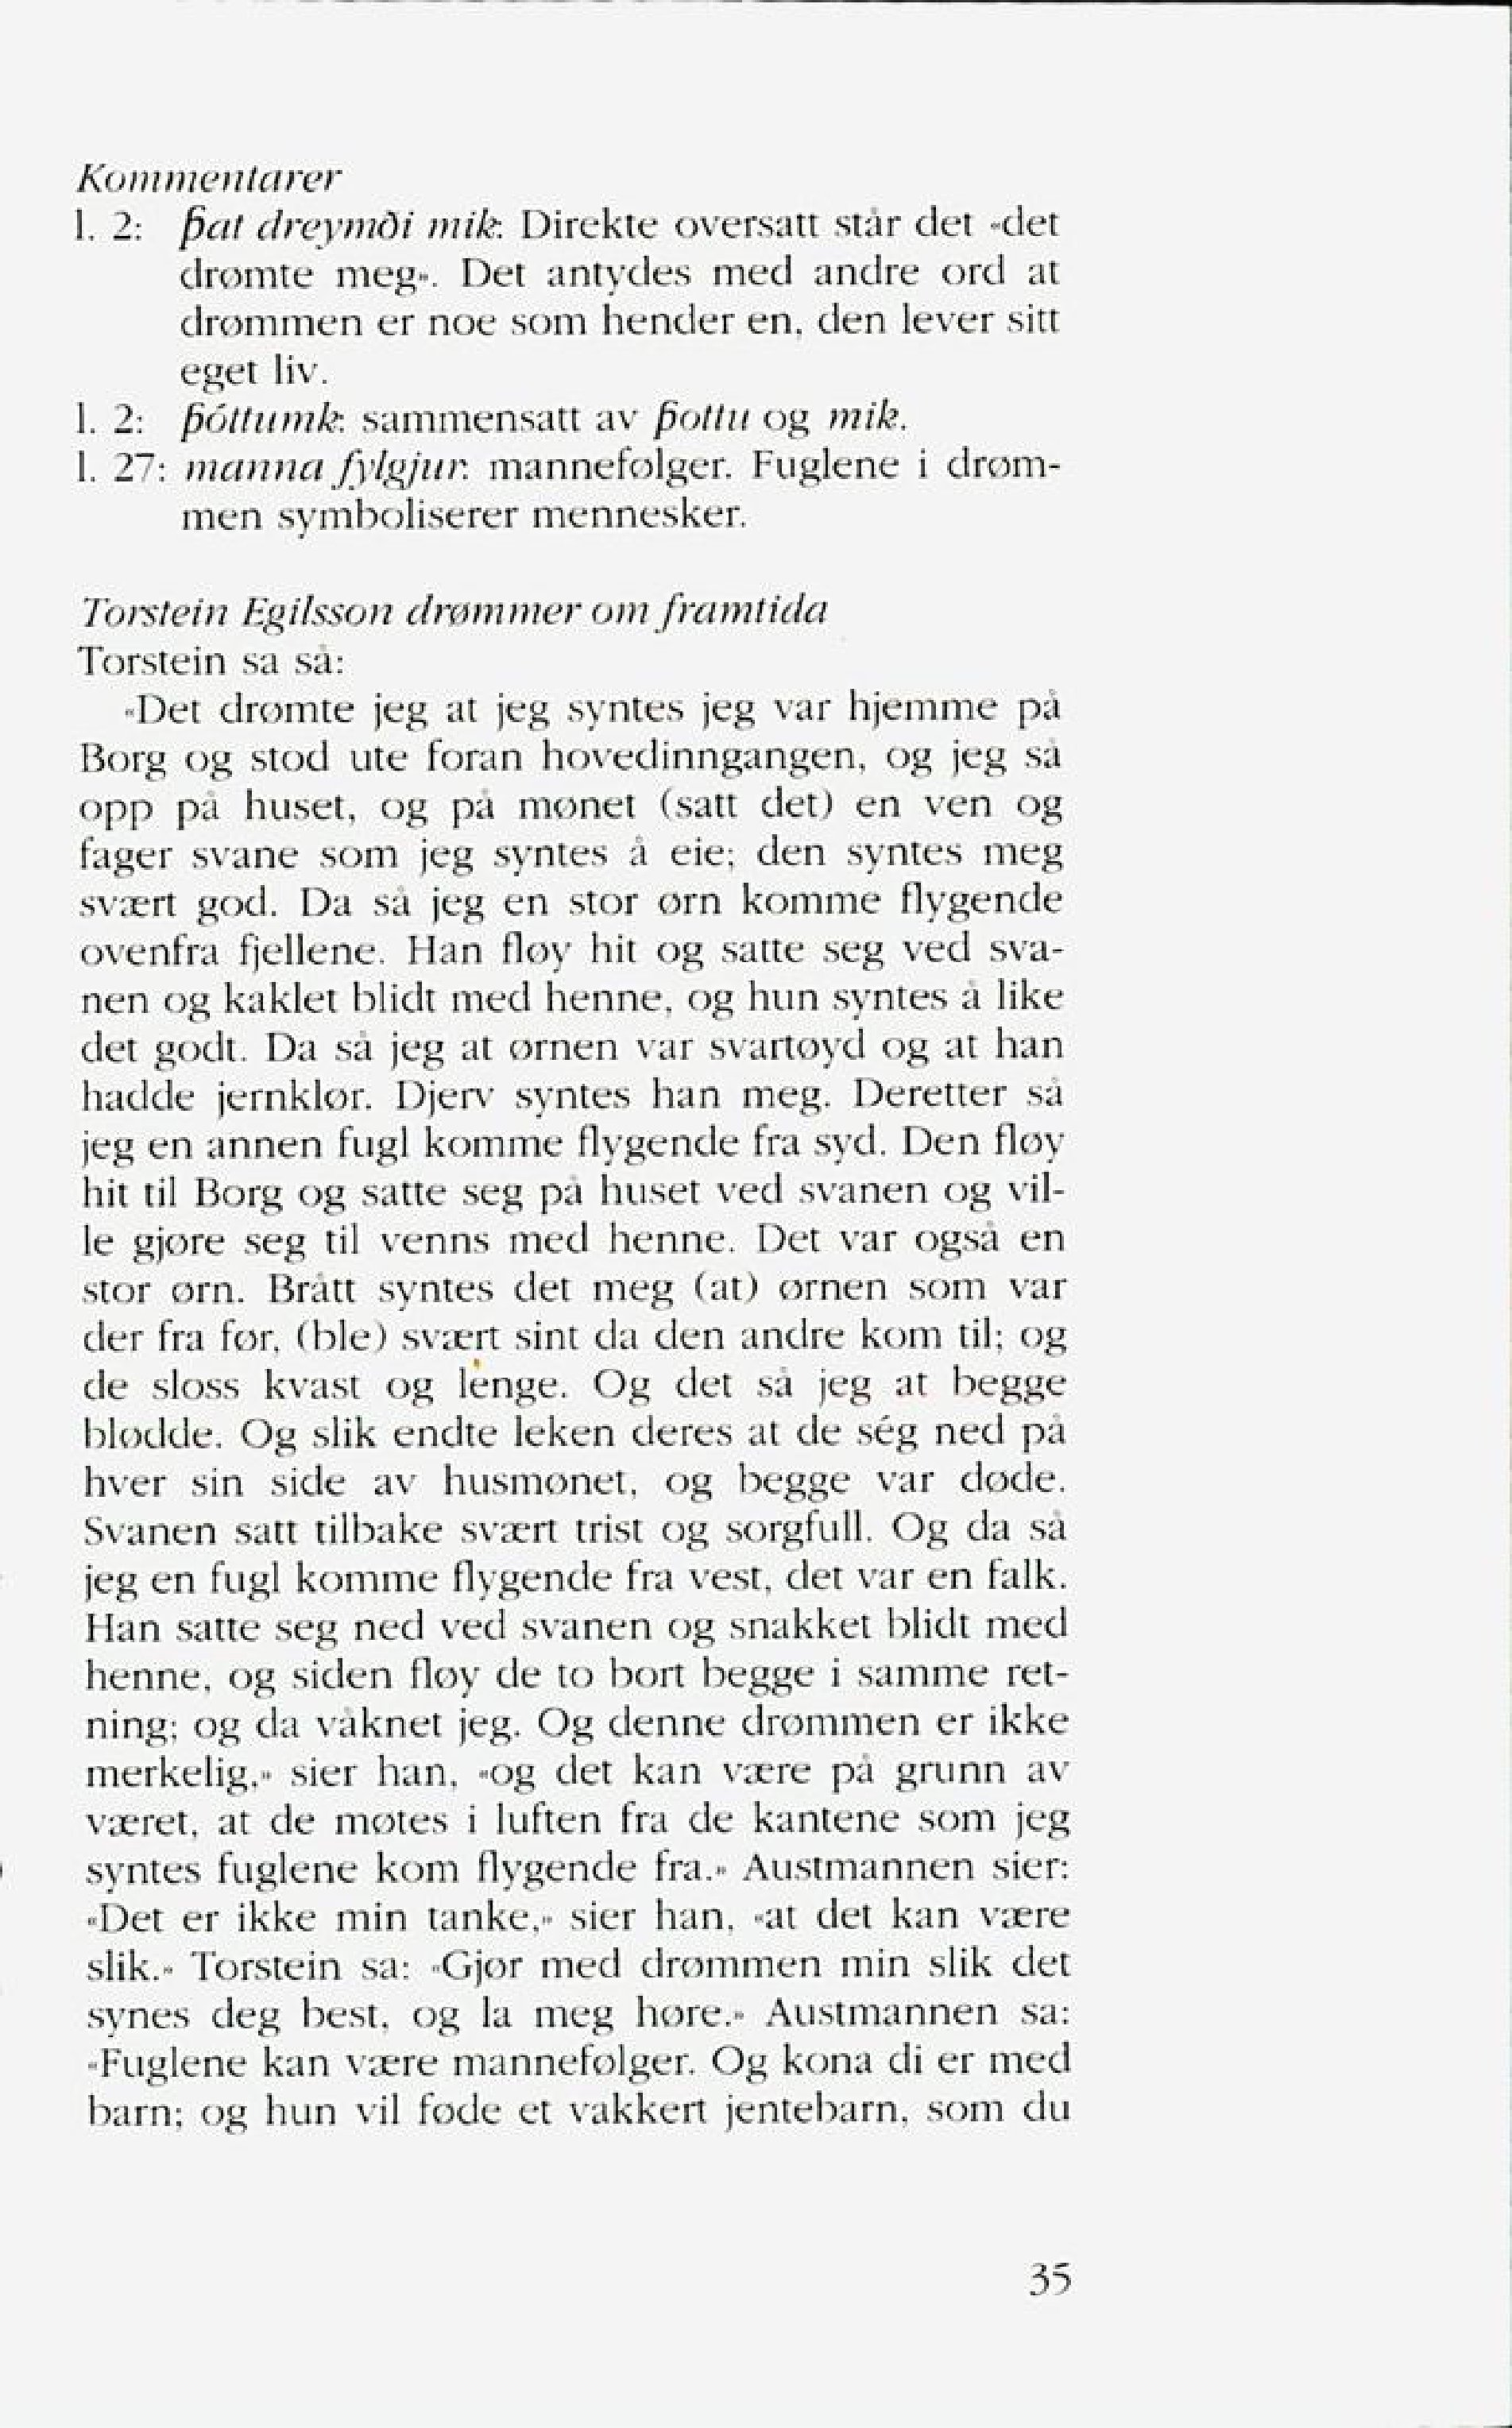
Language: no